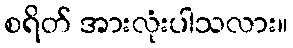
စရိတ် အားလုံးပါသလား။